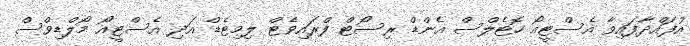
އުފައްދާފައިވާ އެސްޓީއޯ ހޮޓެލްސް އެންޑް ރިސޯޓް ފްރައިވެޓް ލިމިޓެޑް އަދި އެސްޓީއޯ މޯލްޑިވްސް